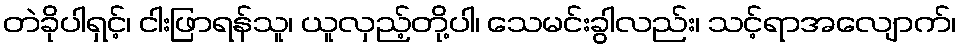
တဲခိုပါရှင့်၊ ငါးဖြာရန်သူ၊ ယူလှည့်တို့ပါ၊ သေမင်းခွါလည်း၊ သင့်ရာအလျောက်၊